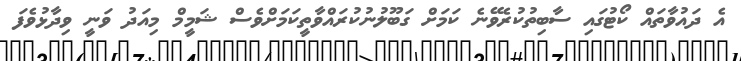
އެ ދައުވާތައް ކޯޓުގައި ސާބިތުކުރެވޭނެ ކަމަށް ގަބޫލުނުކުރައްވާތީކަމަށްވެސް ޝަމީމް މިއަދު ވަނީ ވިދާޅުވެފަ